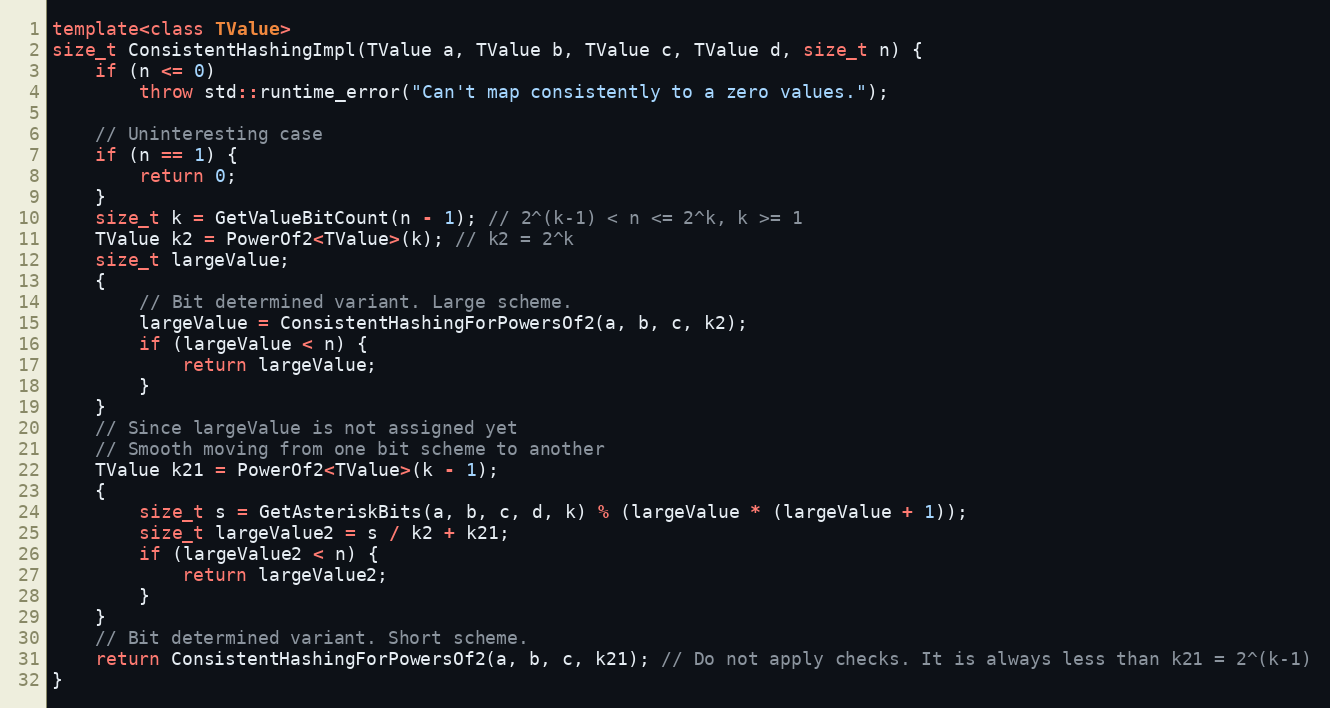
Language: C++
template<class TValue>
size_t ConsistentHashingImpl(TValue a, TValue b, TValue c, TValue d, size_t n) {
    if (n <= 0)
        throw std::runtime_error("Can't map consistently to a zero values.");

    // Uninteresting case
    if (n == 1) {
        return 0;
    }
    size_t k = GetValueBitCount(n - 1); // 2^(k-1) < n <= 2^k, k >= 1
    TValue k2 = PowerOf2<TValue>(k); // k2 = 2^k
    size_t largeValue;
    {
        // Bit determined variant. Large scheme.
        largeValue = ConsistentHashingForPowersOf2(a, b, c, k2);
        if (largeValue < n) {
            return largeValue;
        }
    }
    // Since largeValue is not assigned yet
    // Smooth moving from one bit scheme to another
    TValue k21 = PowerOf2<TValue>(k - 1);
    {
        size_t s = GetAsteriskBits(a, b, c, d, k) % (largeValue * (largeValue + 1));
        size_t largeValue2 = s / k2 + k21;
        if (largeValue2 < n) {
            return largeValue2;
        }
    }
    // Bit determined variant. Short scheme.
    return ConsistentHashingForPowersOf2(a, b, c, k21); // Do not apply checks. It is always less than k21 = 2^(k-1)
}